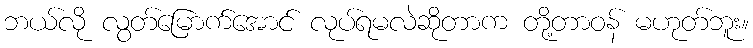
ဘယ်လို လွတ်မြောက်အောင် လုပ်ရမလဲဆိုတာက တို့တာဝန် မဟုတ်ဘူး။